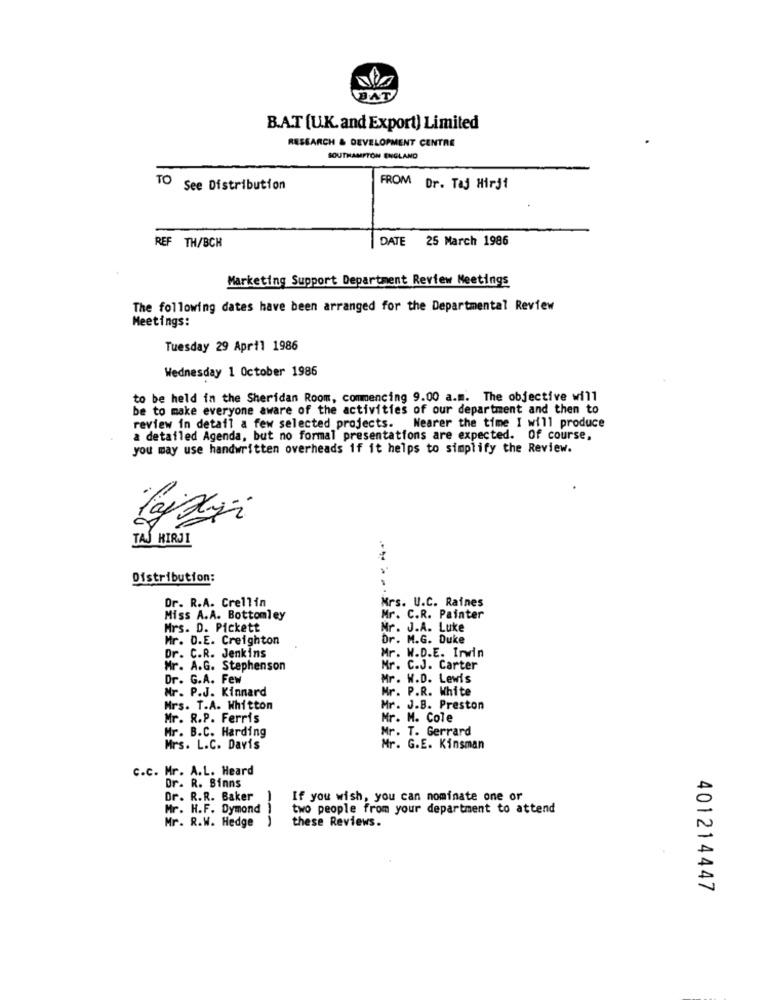
BAT
B.A.T [U.K. and Export) Limited
RESEARCH & DEVELOPMENT CENTRE
SOUTHAMPTON ENGLAND
TO See Distribution
FROM Dr. Taj Hirji
DATE 25 March 1986
REF TH/BCH
Marketing Support Department Review Meetings
The following dates have been arranged for the Departmental Review
Meetings:
Tuesday 29 April 1986
Wednesday 1 October 1986
to be held in the Sheridan Room, commencing 9.00 a.m. The objective will
be to make everyone aware of the activities of our department and then to
review in detail a few selected projects. Nearer the time I will produce
a detailed Agenda, but no formal presentations are expected. Of course,
you may use handwritten overheads if it helps to simplify the Review.
TAJ HIRJI
Distribution:
Dr. R.A. Crellin
Mrs. U.C. Raines
Miss A.A. Bottomley
Mr. C.R. Painter
Mrs. D. Pickett
Mr. J.A. Luke
Mr. D.E. Creighton
Dr. M.G. Duke
Dr. C.R. Jenkins
Mr. W.D.E. Irwin
Mr. A.G. Stephenson
Mr. C.J. Carter
Dr. G.A. Few
Mr. W.D. Lewis
Mr. P.J. Kinnard
Mr. P.R. White
Mrs. T.A. Whitton
Mr. J.B. Preston
Mr. R.P. Ferris
Mr. M. Cole
Hr. B.C. Harding
Mr. T. Gerrard
Mrs. L.C. Davis
Mr. G.E. Kinsman
C.c. Mr. A.L. Heard
Dr. R. Sinns
Dr. R.R. Baker
-
If you wish, you can nominate one or
Mr. H.F. Dymond
two people from your department to attend
these Reviews.
Mr. R.W. Hedge
401214447